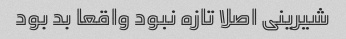
شیرینی اصلا تازه نبود واقعا بد بود